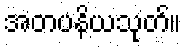
အတပနိယသုတ်။